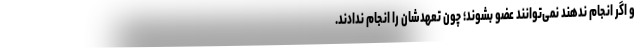
و اگر انجام ندهند نمی‌توانند عضو بشوند؛ چون تعهدشان را انجام ندادند.